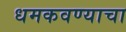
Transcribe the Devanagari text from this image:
धमकवण्याचा